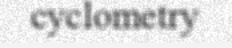
cyclometry